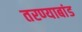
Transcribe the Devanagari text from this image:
तरण्याबांड